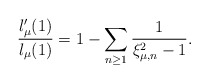
\begin{align*}\frac{l_{\mu}'(1)}{l_{\mu}(1)}=1-\sum_{n\geq 1}\frac{1}{\xi_{\mu,n}^2-1}.\end{align*}